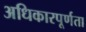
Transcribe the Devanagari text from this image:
अधिकारपूर्णता